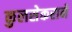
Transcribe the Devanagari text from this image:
कुलसेकराने